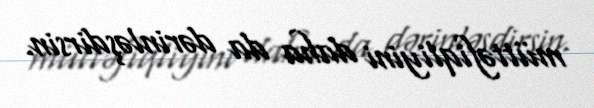
müttəfiqliyini daha da dərinləşdirsin.